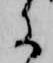
に